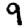
Digit: 9